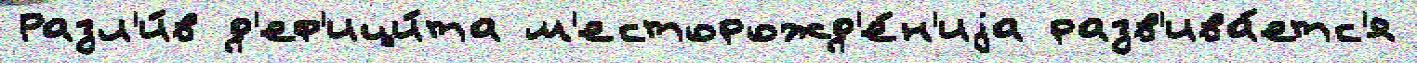
Разл'и́в д'еф'ици́та м'есторожд'е́н'иjа разв'ива́етс'я